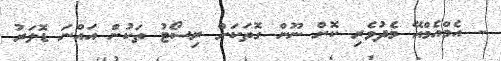
- އެމްއެމްއޭ މެދުވެރި ކޮށް ނޫން ގޮތަކަށް ރިސޯޓު ތަކުން އައްނަ ޑޮލަރު